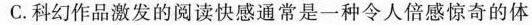
C. 科幻作品激发的阅读快感通常是一种令人倍感惊奇的体